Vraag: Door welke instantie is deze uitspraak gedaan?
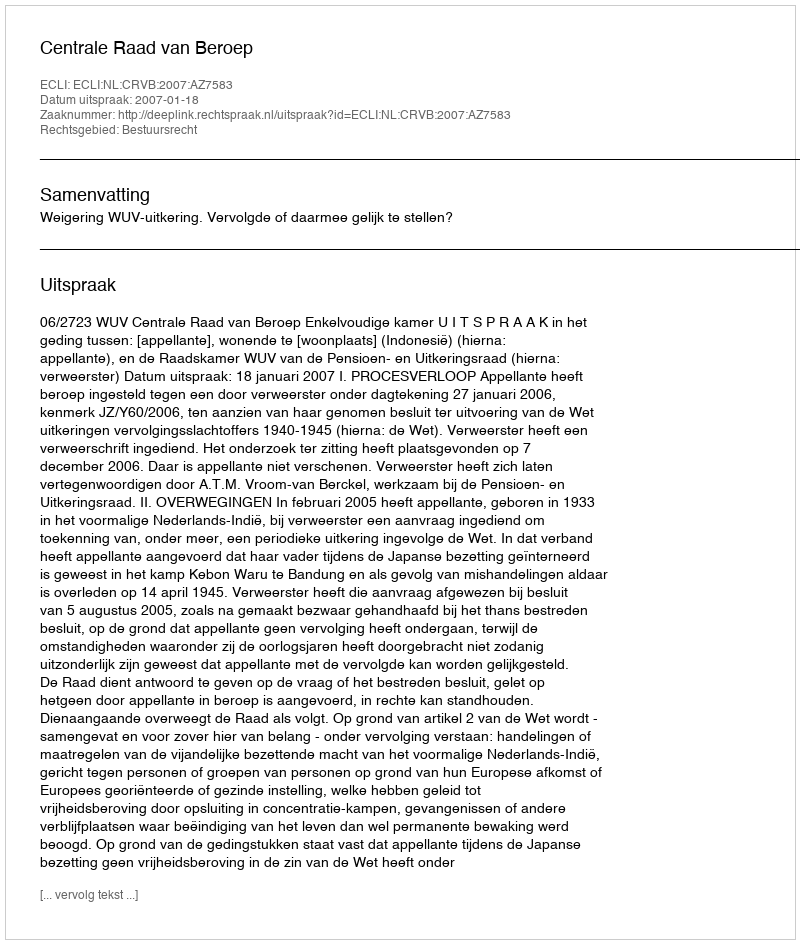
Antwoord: Centrale Raad van Beroep